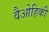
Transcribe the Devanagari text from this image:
वैओहिकी